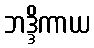
ဘဒ္ဒိကာယ